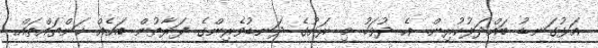
އަޅުގަނޑު ބައްދަލުކުރިން. އެ ދުވަހު މި ރަށުގެ ދަނޑުވެރިންގެ ފަރާތުން ބައެއް ކަންތައްތައް